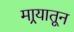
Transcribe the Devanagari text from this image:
मार्‍यातून